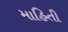
માહિતી